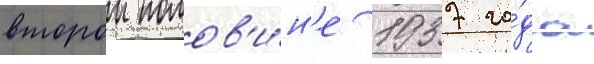
второи полов'и́н'е 1937 го́да